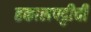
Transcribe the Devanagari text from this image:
हकालपट्टीची